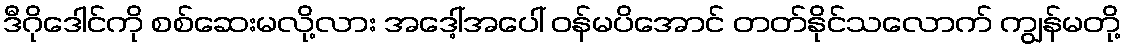
ဒီဂိုဒေါင်ကို စစ်ဆေးမလို့လား အဒေါ့်အပေါ် ဝန်မပိအောင် တတ်နိုင်သလောက် ကျွန်မတို့